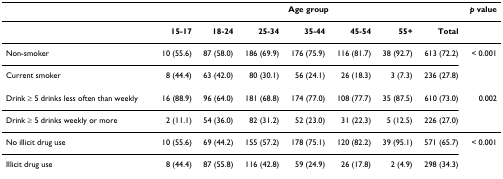
<table><thead><tr><td></td><td colspan="7"><b>Age group</b></td><td><b><i>p </i>value</b></td></tr></thead><tbody><tr><td></td><td><b>15-17</b></td><td><b>18-24</b></td><td><b>25-34</b></td><td><b>35-44</b></td><td><b>45-54</b></td><td><b>55+</b></td><td><b>Total</b></td><td></td></tr><tr><td>Non-smoker</td><td>10 (55.6)</td><td>87 (58.0)</td><td>186 (69.9)</td><td>176 (75.9)</td><td>116 (81.7)</td><td>38 (92.7)</td><td>613 (72.2)</td><td>&lt; 0.001</td></tr><tr><td>Current smoker</td><td>8 (44.4)</td><td>63 (42.0)</td><td>80 (30.1)</td><td>56 (24.1)</td><td>26 (18.3)</td><td>3 (7.3)</td><td>236 (27.8)</td><td></td></tr><tr><td>Drink ≥ 5 drinks less often than weekly</td><td>16 (88.9)</td><td>96 (64.0)</td><td>181 (68.8)</td><td>174 (77.0)</td><td>108 (77.7)</td><td>35 (87.5)</td><td>610 (73.0)</td><td>0.002</td></tr><tr><td>Drink ≥ 5 drinks weekly or more</td><td>2 (11.1)</td><td>54 (36.0)</td><td>82 (31.2)</td><td>52 (23.0)</td><td>31 (22.3)</td><td>5 (12.5)</td><td>226 (27.0)</td><td></td></tr><tr><td>No illicit drug use</td><td>10 (55.6)</td><td>69 (44.2)</td><td>155 (57.2)</td><td>178 (75.1)</td><td>120 (82.2)</td><td>39 (95.1)</td><td>571 (65.7)</td><td>&lt; 0.001</td></tr><tr><td>Illicit drug use</td><td>8 (44.4)</td><td>87 (55.8)</td><td>116 (42.8)</td><td>59 (24.9)</td><td>26 (17.8)</td><td>2 (4.9)</td><td>298 (34.3)</td><td></td></tr></tbody></table>